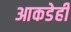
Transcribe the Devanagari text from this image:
आकडेही